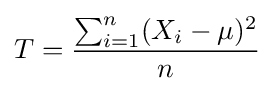
T={\frac {\sum _{i=1}^{n}(X_{i}-\mu )^{2}}{n}}